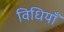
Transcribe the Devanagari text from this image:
विधियाँं